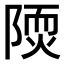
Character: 𨻢